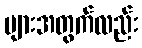
များအတွက်လည်း